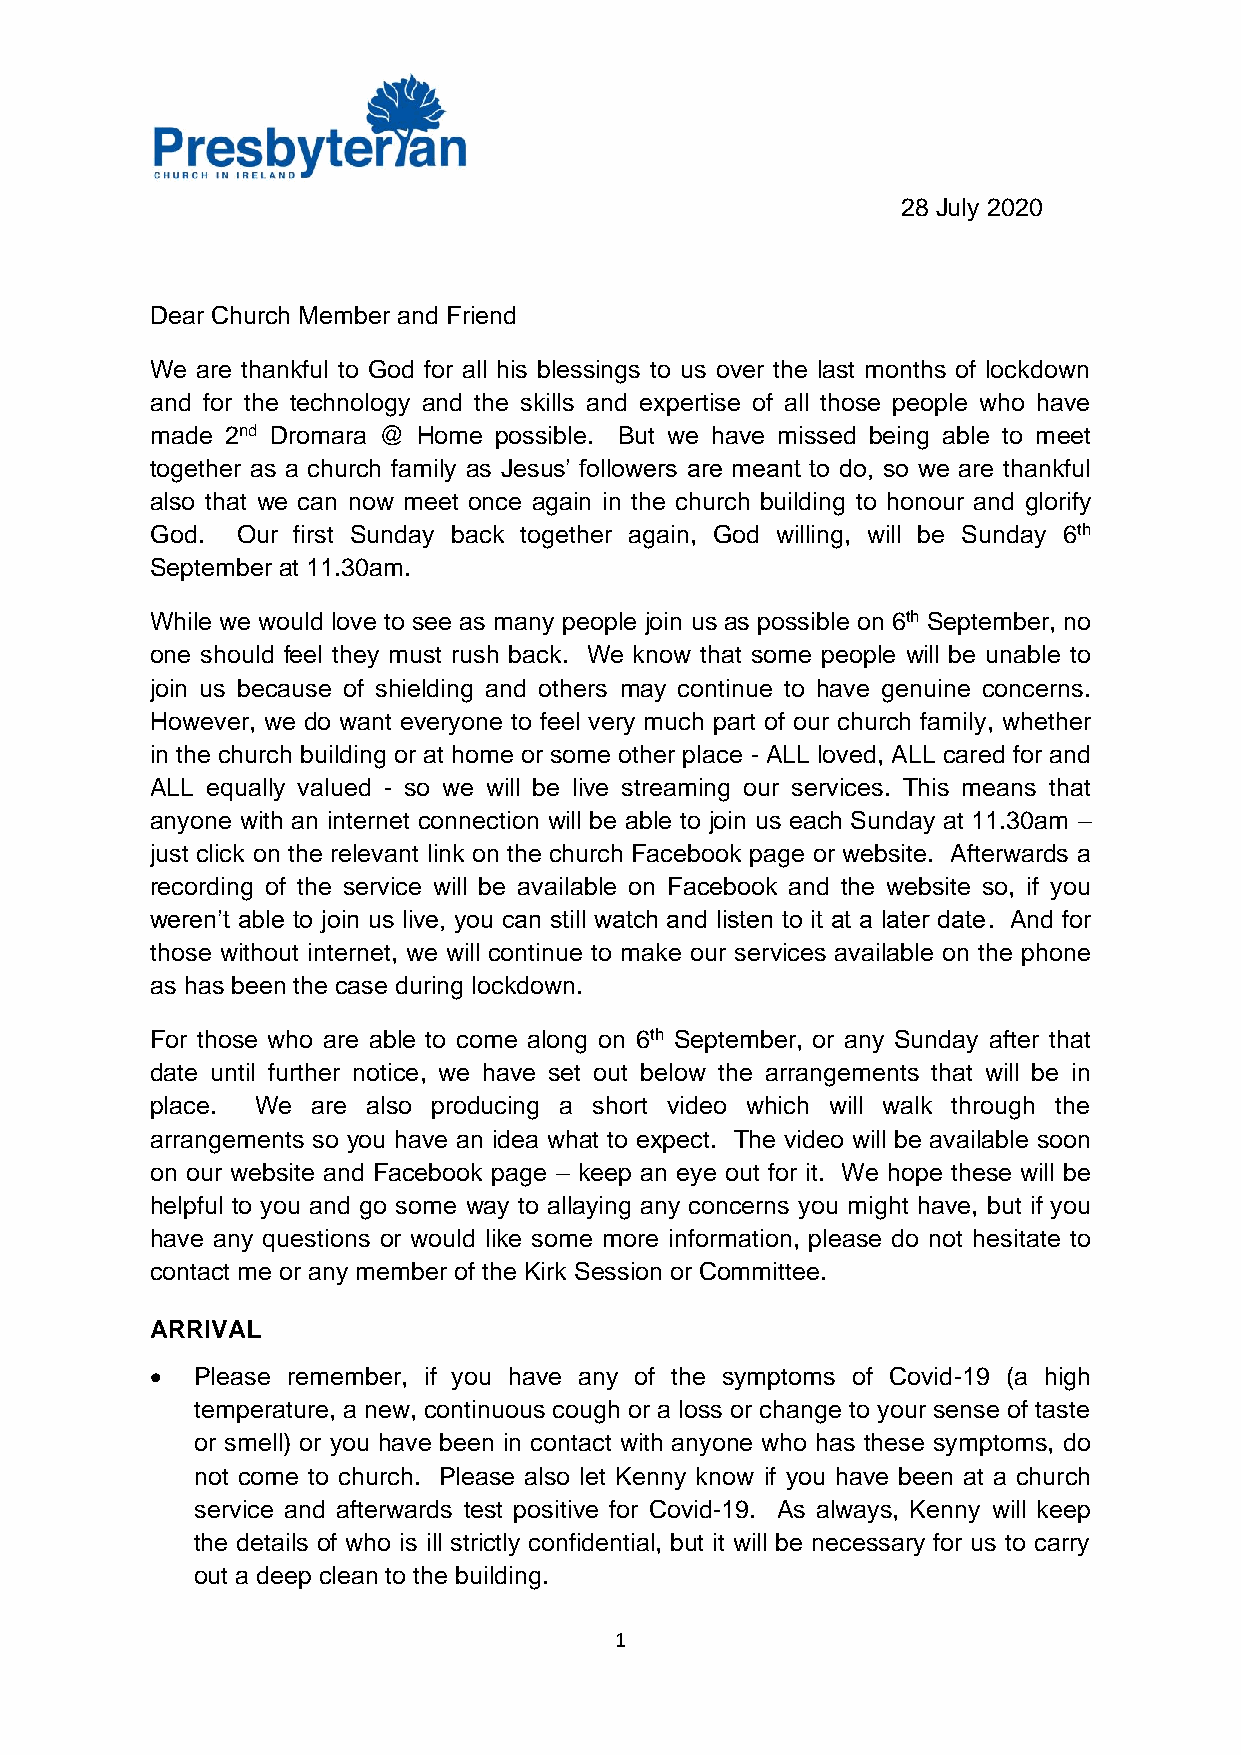
28 July 2020
 Dear Church Member and Friend
 We are thankful to God for all his blessings to us over the last months of lockdown
 and for the technology and the skills and expertise of all those people who have
 made 2nd Dromara @ Home possible. But we have missed being able to meet
 together as a church family as Jesus’ followers are meant to do, so we are thankful
 also that we can now meet once again in the church building to honour and glorify
 God.  Our first Sunday back together again, God willing, will be Sunday 6th
 September at 11.30am.
 While we would love to see as many people join us as possible on 6th September, no
 one should feel they must rush back. We know that some people will be unable to
 join us because of shielding and others may continue to have genuine concerns.
 However, we do want everyone to feel very much part of our church family, whether
 in the church building or at home or some other place - ALL loved, ALL cared for and
 ALL equally valued - so we will be live streaming our services. This means that
 anyone with an internet connection will be able to join us each Sunday at 11.30am –
 just click on the relevant link on the church Facebook page or website. Afterwards a
 recording of the service will be available on Facebook and the website so, if you
 weren’t able to join us live, you can still watch and listen to it at a later date. And for
 those without internet, we will continue to make our services available on the phone
 as has been the case during lockdown.
 For those who are able to come along on 6th September, or any Sunday after that
 date until further notice, we have set out below the arrangements that will be in
 place. We  are also producing a short video which will walk through the
 arrangements so you have an idea what to expect. The video will be available soon
 on our website and Facebook page – keep an eye out for it. We hope these will be
 helpful to you and go some way to allaying any concerns you might have, but if you
 have any questions or would like some more information, please do not hesitate to
 contact me or any member of the Kirk Session or Committee.
 ARRIVAL
 •  Please remember, if you have any of the symptoms of Covid-19 (a high
 temperature, a new, continuous cough or a loss or change to your sense of taste
 or smell) or you have been in contact with anyone who has these symptoms, do
 not come to church. Please also let Kenny know if you have been at a church
 service and afterwards test positive for Covid-19. As always, Kenny will keep
 the details of who is ill strictly confidential, but it will be necessary for us to carry
 out a deep clean to the building.
 1